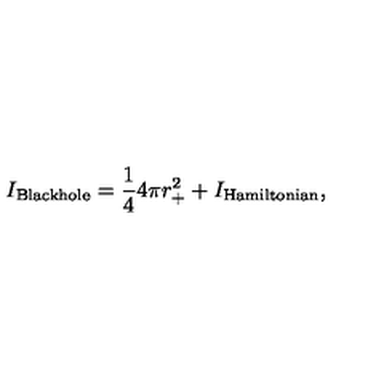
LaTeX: I _ { \mathrm { \tiny B l a c k h o l e } } = \frac { 1 } { 4 } 4 \pi r _ { + } ^ { 2 } + I _ { \mathrm { \tiny H a m i l t o n i a n } } ,